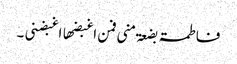
فاطمۃ بضعۃ منی فمن اغبضھا اغبضنی ۔